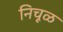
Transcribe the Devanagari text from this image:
निचूळ